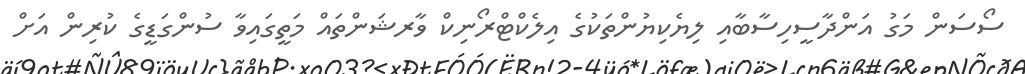
ސޯސަން މަގު އަންދާސީހިސާބާއި ލިޔެކިޔުންތަކުގެ އިލެކްޓްރޯނިކް ވާރޝަންތައް މަތީގައިވާ ސުންގަޑީގެ ކުރިން އަށް